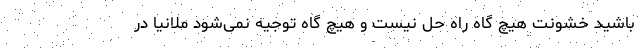
باشید خشونت هیچ گاه راه حل نیست و هیچ گاه توجیه نمی‌شود ملانیا در